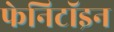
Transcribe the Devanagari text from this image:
फेनिटॉइन